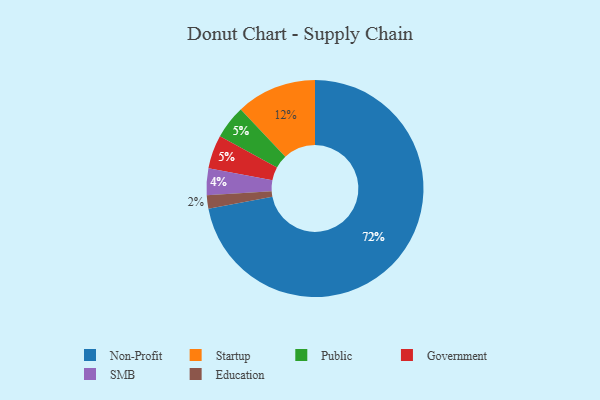
{"axis": {"x": "Category", "y": "Percentage"}, "legend": ["Education", "Government", "Non-Profit", "Public", "SMB", "Startup"], "data": [{"x": "SMB", "y": 4, "type": "SMB"}, {"x": "Startup", "y": 12, "type": "Startup"}, {"x": "Public", "y": 5, "type": "Public"}, {"x": "Non-Profit", "y": 72, "type": "Non-Profit"}, {"x": "Education", "y": 2, "type": "Education"}, {"x": "Government", "y": 5, "type": "Government"}]}